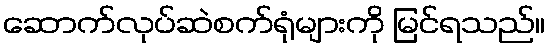
ဆောက်လုပ်ဆဲစက်ရုံများကို မြင်ရသည်။